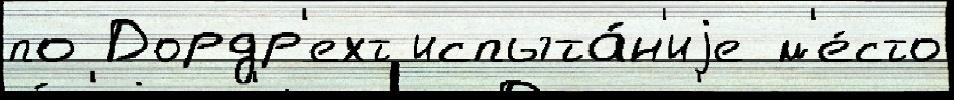
по Дордр'ехт испыта́н'иjе м'е́сто